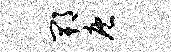
郫庖